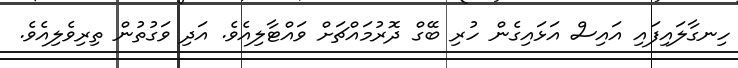
ހިނގާލައިފައި އައިސް އަޅައިގެން ހުރި ބޭގް ދޮރުމައްޗަށް ވައްޓާލިއެވެ. އަދި ވަގުތުން ތިރިވެލިއެވެ.